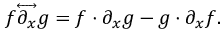
f { \overleftrightarrow { \partial _ { x } } } g = f \cdot \partial _ { x } g - g \cdot \partial _ { x } f .